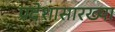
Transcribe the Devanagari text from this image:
प्रदेशासारख्या